Sexual cycle of Leucocytozoon canis in the tick - Number 28
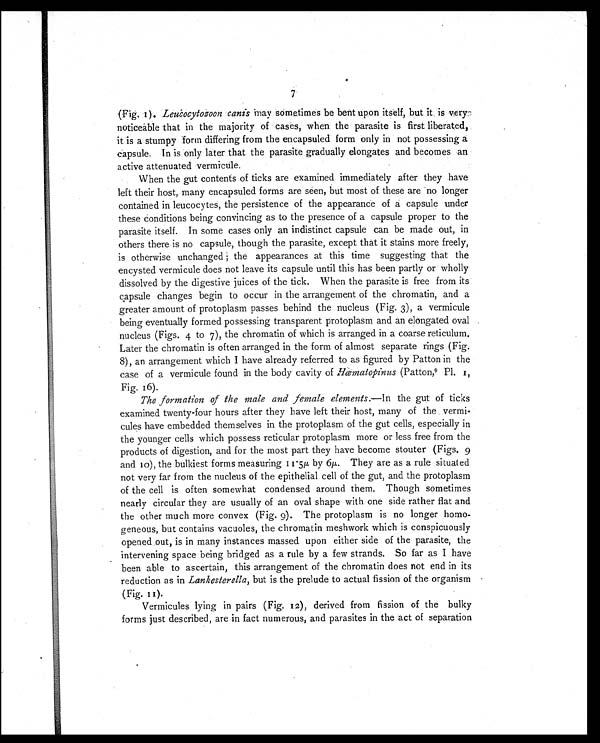
7
(Fig. I). Leuocytozoon canis may sometimes be bent upon itself, but it is very
noticeable that in the majority of cases, when the parasite is first liberated,
it is a stumpy form differing from the encapsuled form only in not possessing a
capsule. In is only later that the parasite gradually elongates and becomes an
active attenuated vermicule.
When the gut contents of ticks are examined immediately after they have
left their host, many encapsuled forms are seen, but most of these are no longer
contained in leucocytes, the persistence of the appearance of a capsule under
these conditions being convincing as to the presence of a capsule proper to the
parasite itself. In some cases only an indistinct capsule can be made out, in
others there is no capsule, though the parasite, except that it stains more freely,
is otherwise unchanged the appearances at this time suggesting that the
encysted vermicule does not leave its capsule until this has been partly or wholly
dissolved by the digestive juices of the tick. When the parasite is free from its
capsule changes begin to occur in the arrangement of the chromatin, and a
greater amount of protoplasm passes behind the nucleus (Fig. 3), a vermicule
being eventually formed possessing transparent protoplasm and an elongated oval
nucleus (Figs. 4 to 7), the chromatin of which is arranged in a coarse reticulum.
Later the chromatin is often arranged in the form of almost separate rings (Fig.
8), an arrangement which I have already referred to as figured by Patton in the
case of a vermicule found in the body cavity of Hæmatopinus (Patton,9 P l . 1 ,
Fig. 16).
The formation of the male and female elements.— In the gut of ticks
examined twenty-four hours after they have left their host, many of the vermi-
cules have embedded themselves in the protoplasm of the gut cells, especially in
the younger cells which possess reticular protoplasm more or less free from the
products of digestion, and for the most part they have become stouter (Figs. 9
a n d 1 0 ) , t h e b u l k i e s t f o r m s m e a s u r i n g 1 1 . 5 µ b y 6 µ . T h e y a r e a s a r u l e s i t u a t e d
not very far from the nucleus of the epithelial cell of the gut, and the protoplasm
of the cell is often somewhat condensed around them. Though sometimes
nearly circular they are usually of an oval shape with one side rather flat and
the other much more convex (Fig. 9). The protoplasm is no longer homo-
geneous, but contains vacuoles, the chromatin meshwork which is conspicuously
opened out, is in many instances massed upon either side of the parasite, the
intervening space being bridged as a rule by a few strands. So far as I have
been able to ascertain, this arrangement of the chromatin does not end in its
reduction as in Lankesterella, but is the prelude to actual fission of the organism
(Fig. 11).
Vermicules lying in pairs (Fig. 12), derived from fission of the bulky
forms just described, are in fact numerous, and parasites in the act of separation